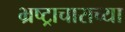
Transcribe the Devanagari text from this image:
भ्रष्ट्राचाराच्या